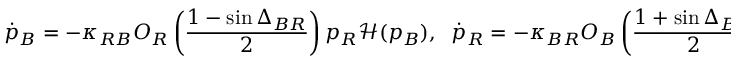
\dot { p } _ { B } = - \kappa _ { R B } O _ { R } \left( \frac { 1 - \sin \Delta _ { B R } } { 2 } \right) p _ { R } \mathcal { H } ( p _ { B } ) , \; \; \dot { p } _ { R } = - \kappa _ { B R } O _ { B } \left( \frac { 1 + \sin \Delta _ { B R } } { 2 } \right) p _ { B } \mathcal { H } ( p _ { R } ) ,